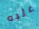
عليه